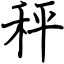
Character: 秤